Voru_kinnistusamet, lk 17
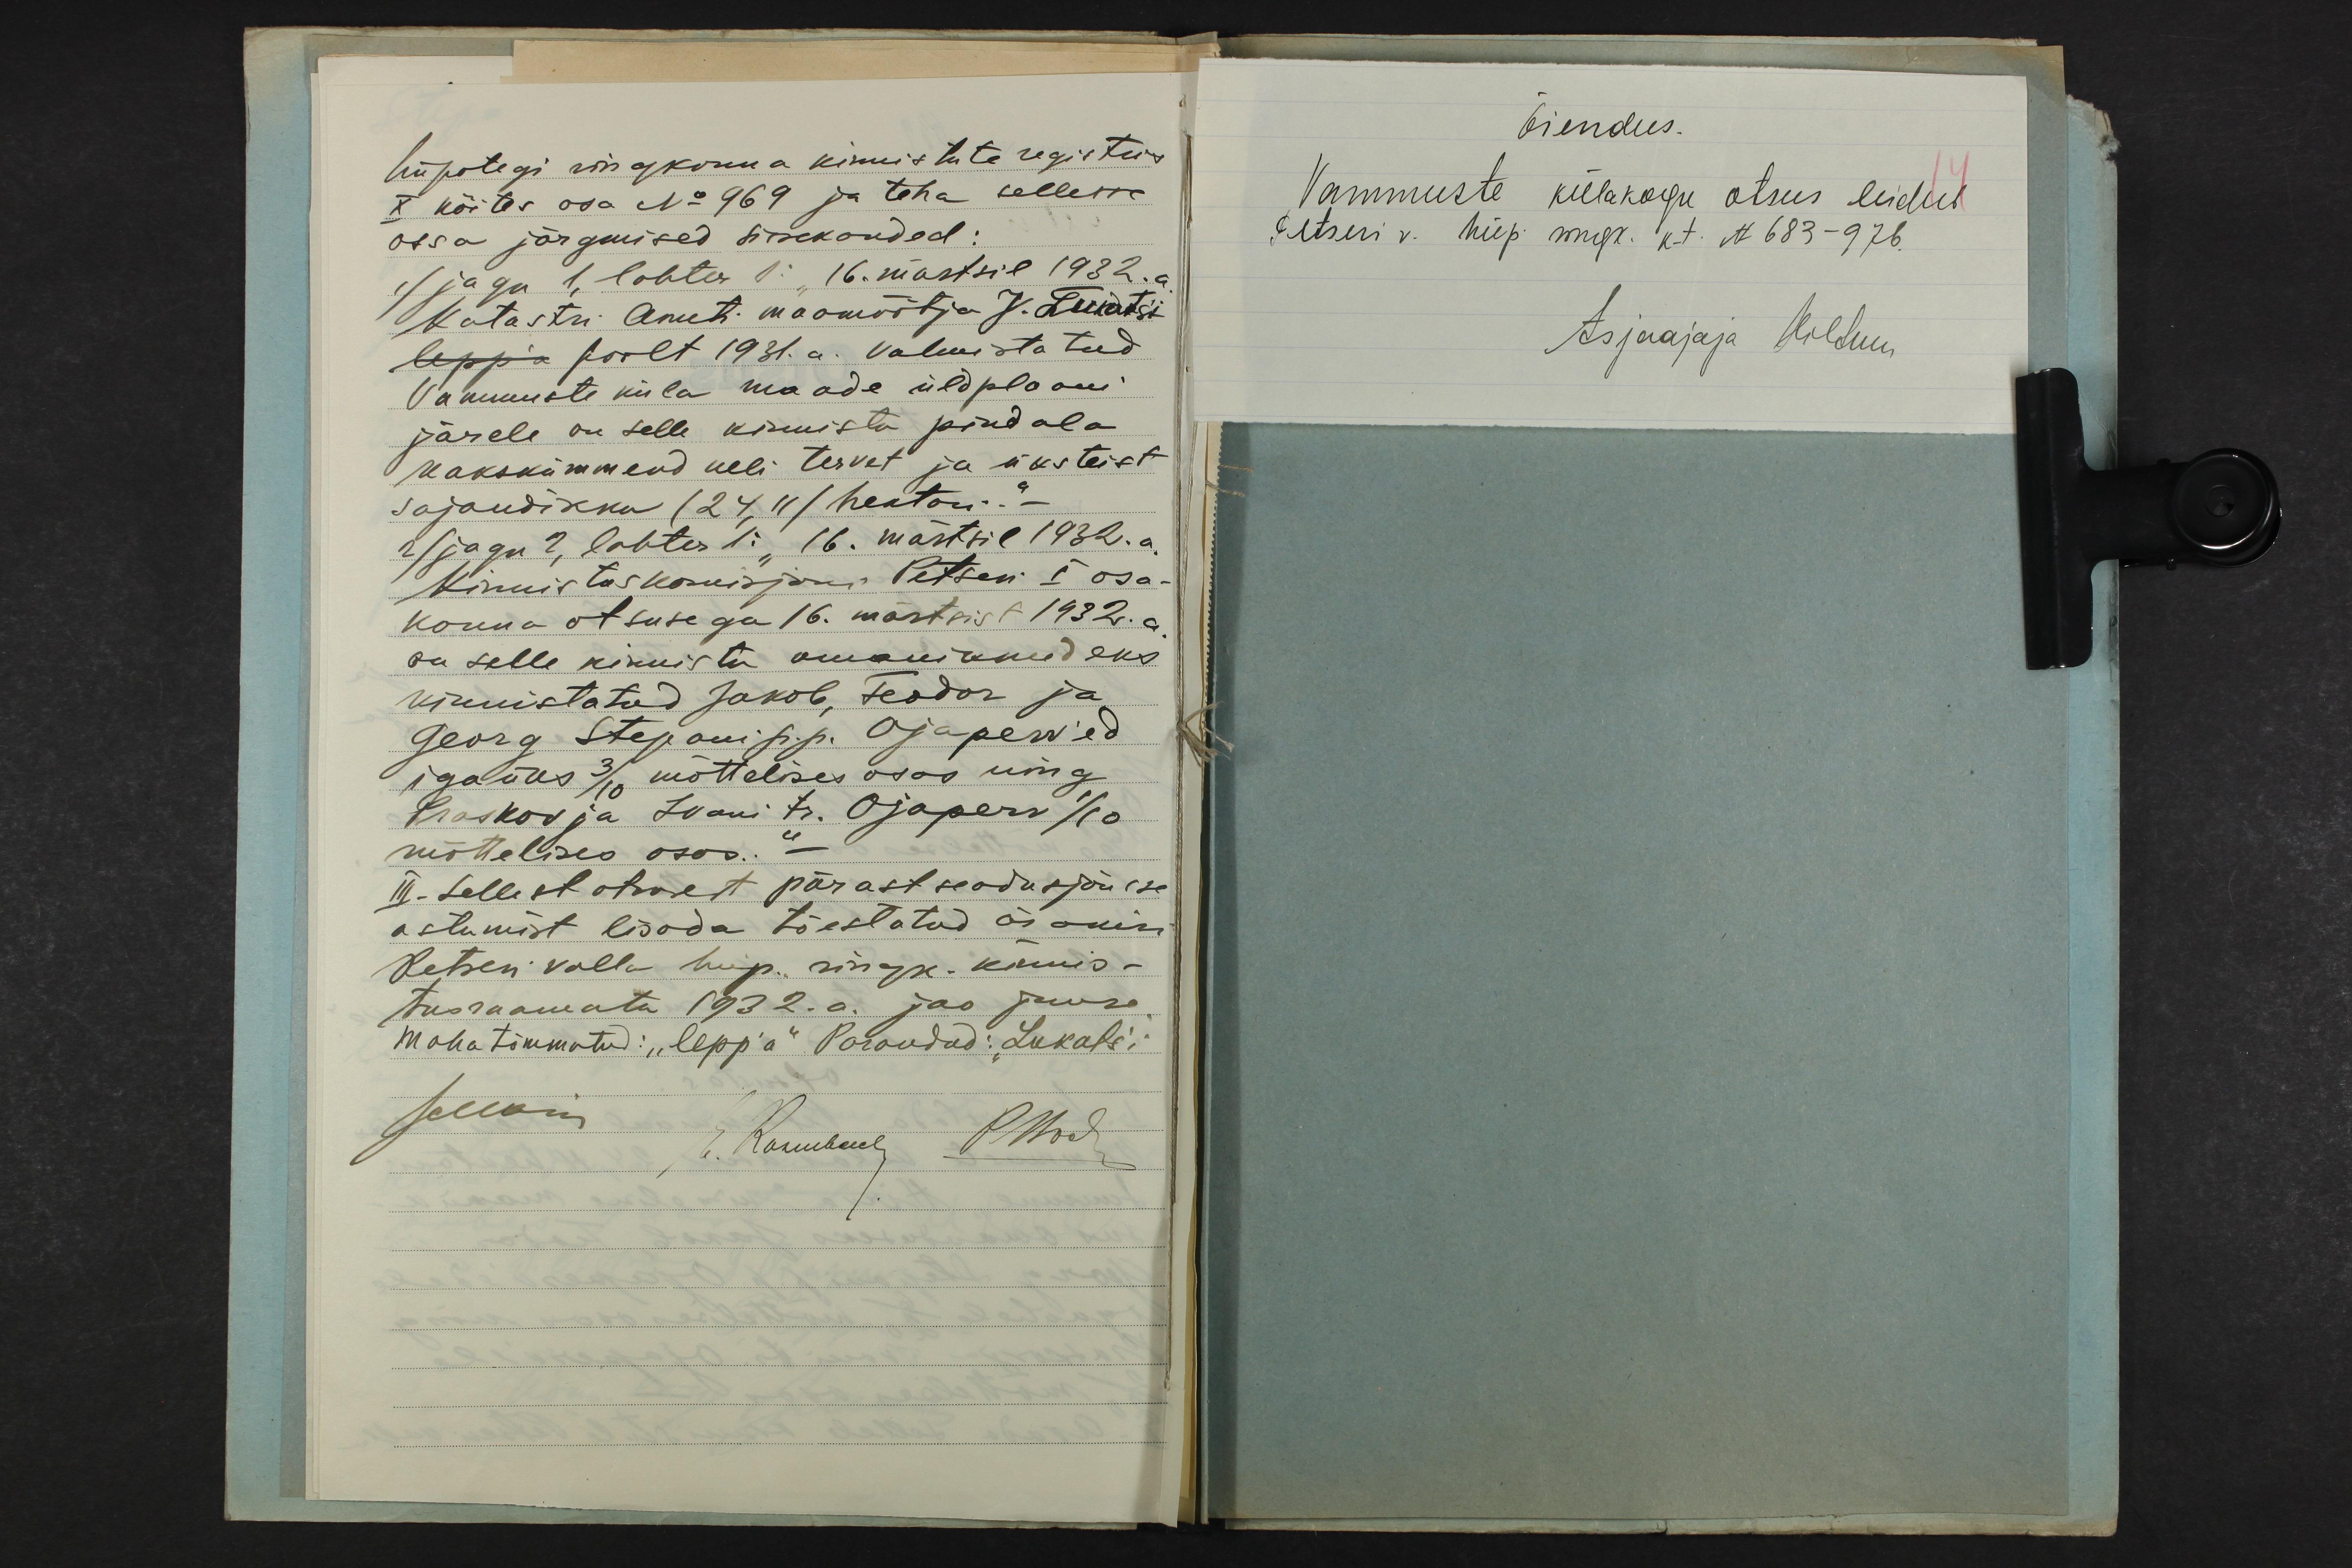
hüpotegi ringkonna kinnistute registris
X köites osa No 969 ja teha sellesse
ossa järgmised sissekanded:
1) jagu 1, lahter 1: "16. märtsil 1932.a.
Katastri Ameti maamõõtja J. Lukatsi
lepp´a poolt 1931.a. valmistatud
Vammuste küla maade üldplaani
järele on selle kinnistu pindala
kakskümmend neli tervet ja üksteist
sajandikku (24,11) hektari." -
2) jagu 2, lahter 1: "16. märtsil 1932.a.
Kinnistuskomisjoni Petseri I osa-
konna otsusega 16. märtsist 1932.a.
on selle kinnistu omanikkudeks
kinnistatud Jakob, Feodor ja
Georg Stepani p. p. Ojaperv´ed
igaüks 3/10 mõttelises osas ning
Proskovja Ivani tr. Ojaperv 1/10
mõttelises osas." -
II. Sellest otsusest pärast seadusjõusse
astumist lisada tõestatud ärakiri
Petseri valla hüp. ringk. kinnis-
tusraamatu 1932.a. jao juure.
Maha tõmmatud: "lepp'a". Parandud: „Lukats´i
JMaise
E. Rosenbach PBock

Õiendus.
Vammuste külakogu otsus leidub
Petseri v. hüp. ringk. k-t. N 683-976.
Asjaajaja